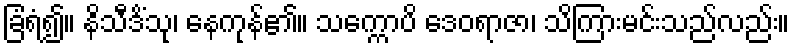
ခြံရံ၍။ နိသီဒိံသု၊ နေကုန်၏။ သက္ကောပိ ဒေဝရာဇာ၊ သိကြားမင်းသည်လည်း။